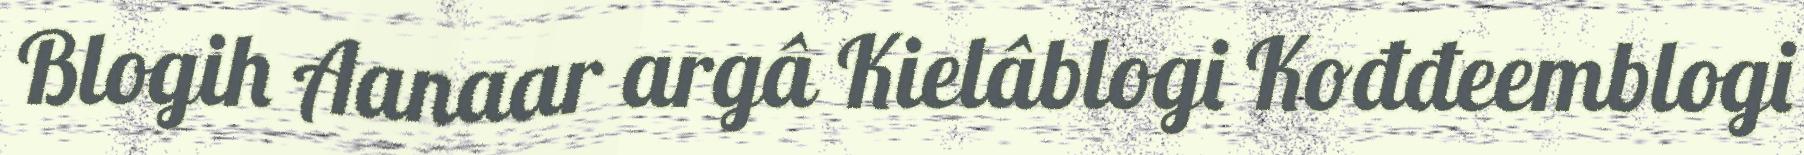
Blogih Aanaar argâ Kielâblogi Kođđeemblogi